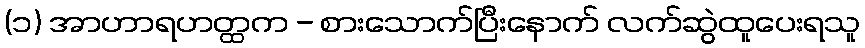
(၁) အာဟာရဟတ္ထက - စားသောက်ပြီးနောက် လက်ဆွဲထူပေးရသူ